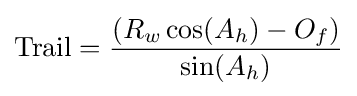
{\text{Trail}}={\frac {(R_{w}\cos(A_{h})-O_{f})}{\sin(A_{h})}}